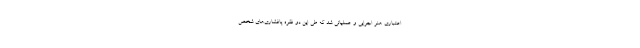
اعتباری هنر اجرایی و عملیاتی شد که طی این دو فقره پافشاری‌های شخص